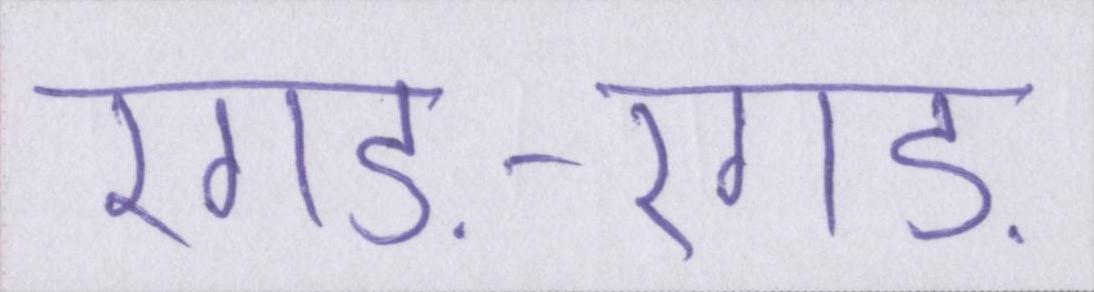
रगड़-रगड़